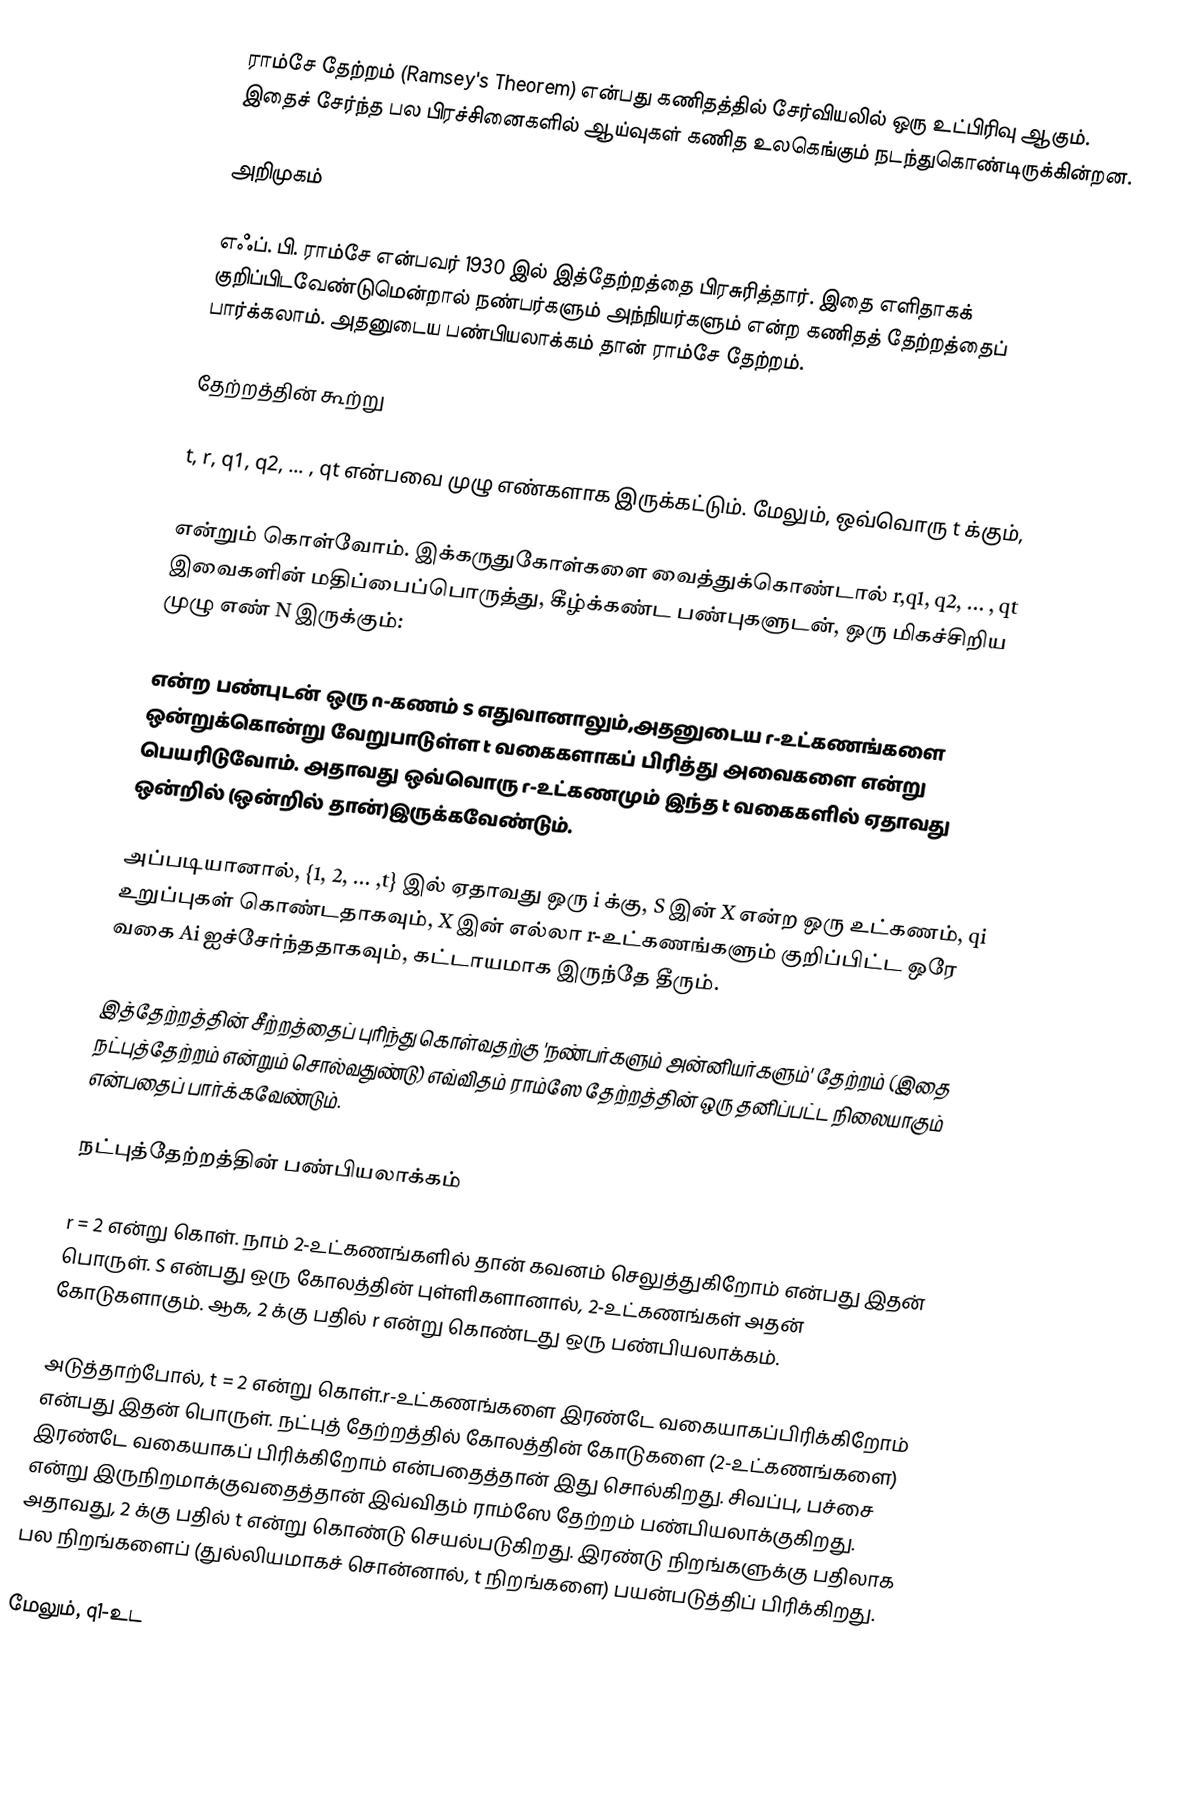
ராம்சே தேற்றம் (Ramsey's Theorem) என்பது கணிதத்தில் சேர்வியலில் ஒரு உட்பிரிவு ஆகும். இதைச் சேர்ந்த பல பிரச்சினைகளில் ஆய்வுகள் கணித உலகெங்கும் நடந்துகொண்டிருக்கின்றன.

அறிமுகம்

எஃப். பி. ராம்சே என்பவர் 1930 இல் இத்தேற்றத்தை பிரசுரித்தார். இதை எளிதாகக் குறிப்பிடவேண்டுமென்றால்  நண்பர்களும் அந்நியர்களும் என்ற கணிதத் தேற்றத்தைப் பார்க்கலாம்.  அதனுடைய பண்பியலாக்கம் தான் ராம்சே தேற்றம்.

தேற்றத்தின் கூற்று

t, r, q1, q2, ... , qt என்பவை  முழு எண்களாக இருக்கட்டும். மேலும், ஒவ்வொரு t க்கும்,

 என்றும் கொள்வோம். இக்கருதுகோள்களை வைத்துக்கொண்டால்  r,q1, q2, ... , qt இவைகளின் மதிப்பைப்பொருத்து, கீழ்க்கண்ட பண்புகளுடன், ஒரு மிகச்சிறிய முழு எண்  N இருக்கும்:

 என்ற பண்புடன் ஒரு n-கணம்  S எதுவானாலும்,அதனுடைய r-உட்கணங்களை  ஒன்றுக்கொன்று வேறுபாடுள்ள t  வகைகளாகப் பிரித்து அவைகளை  என்று பெயரிடுவோம். அதாவது ஒவ்வொரு r-உட்கணமும் இந்த  t வகைகளில் ஏதாவது ஒன்றில் (ஒன்றில் தான்)இருக்கவேண்டும்.

அப்படியானால்,    {1, 2, ... ,t} இல் ஏதாவது ஒரு  i க்கு, S இன்  X என்ற  ஒரு உட்கணம், qi உறுப்புகள் கொண்டதாகவும், X இன் எல்லா r-உட்கணங்களும்  குறிப்பிட்ட ஒரே  வகை Ai ஐச்சேர்ந்ததாகவும், கட்டாயமாக இருந்தே தீரும்.

இத்தேற்றத்தின் சீற்றத்தைப் புரிந்து கொள்வதற்கு  'நண்பர்களும் அன்னியர்களும்' தேற்றம் (இதை நட்புத்தேற்றம் என்றும் சொல்வதுண்டு) எவ்விதம் ராம்ஸே தேற்றத்தின் ஒரு தனிப்பட்ட நிலையாகும் என்பதைப் பார்க்கவேண்டும்.

நட்புத்தேற்றத்தின் பண்பியலாக்கம்

r = 2 என்று கொள். நாம் 2-உட்கணங்களில் தான் கவனம் செலுத்துகிறோம் என்பது இதன் பொருள். S என்பது ஒரு கோலத்தின் புள்ளிகளானால், 2-உட்கணங்கள் அதன் கோடுகளாகும். ஆக, 2 க்கு பதில்  r என்று கொண்டது ஒரு பண்பியலாக்கம்.

அடுத்தாற்போல், t = 2 என்று கொள்.r-உட்கணங்களை  இரண்டே வகையாகப்பிரிக்கிறோம் என்பது இதன் பொருள்.   நட்புத் தேற்றத்தில் கோலத்தின் கோடுகளை (2-உட்கணங்களை) இரண்டே வகையாகப் பிரிக்கிறோம் என்பதைத்தான் இது சொல்கிறது. சிவப்பு, பச்சை என்று இருநிறமாக்குவதைத்தான் இவ்விதம் ராம்ஸே தேற்றம் பண்பியலாக்குகிறது. அதாவது, 2 க்கு பதில் t என்று கொண்டு செயல்படுகிறது.  இரண்டு நிறங்களுக்கு பதிலாக பல நிறங்களைப் (துல்லியமாகச் சொன்னால், t நிறங்களை) பயன்படுத்திப் பிரிக்கிறது.

மேலும், q1-உட